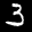
Label: 3